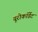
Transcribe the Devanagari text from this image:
यूरोकॉर्डेट